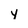
Character: y